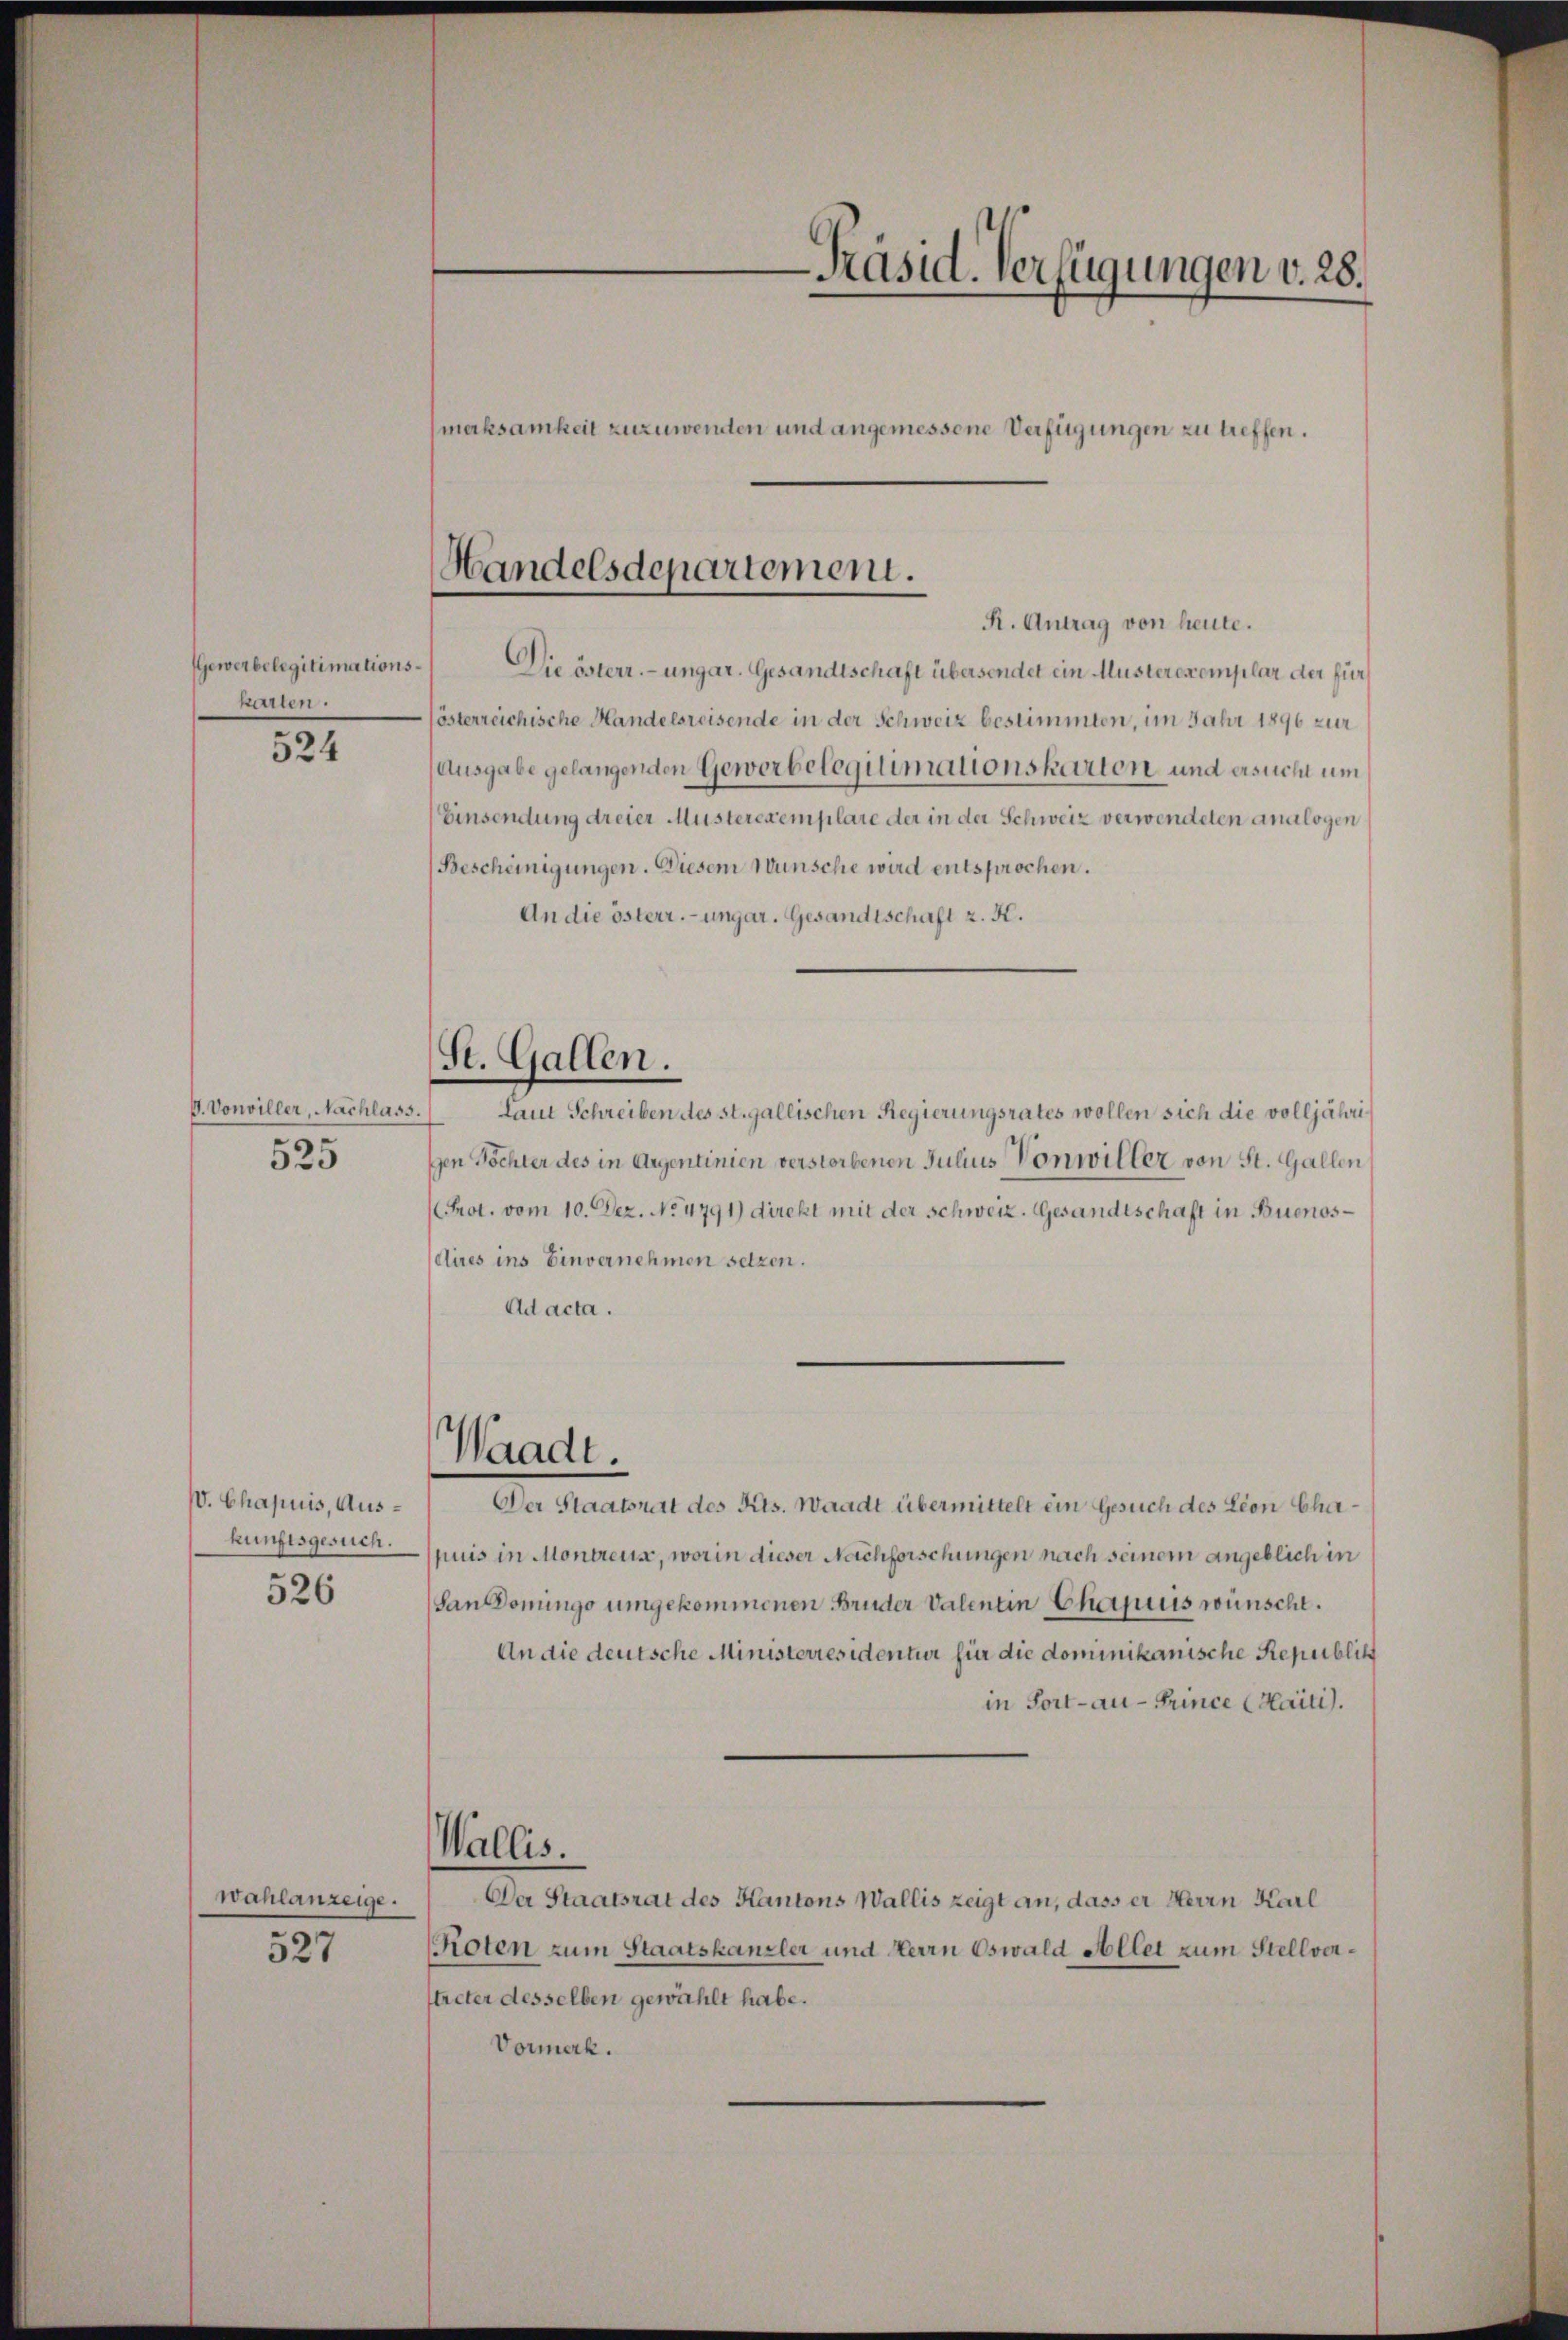
Gewerbelegitimations
karten.
524

G. Vonviller, Nachlass.
525

v. Chapuis, Auskunftsgesuch.

526

Wahlanzeige.

527

Präsid. Verfügungen v. 28.
merksamkeit zuzuwenden und angemessene Verfügungen zu treffen.

Handelsdepartement.
R. Antrag von heute.

Die österr. ungar. Gesandtschaft übersendet ein Musterexemplar der für
österreichische Handelsreisende in der Schweiz bestimmten, im Jahr 1896 zur
(Ausgabe gelangenden Gewerbelegitimationskarten und ersucht um
Einsendung dreier Musterexemplare der in der Schweiz verwendeten analogen
Bescheinigungen. Diesem Wunsche wird entsprochen.
An die österr. ungar. Gesandtschaft z. K.
St. Gallen.
Laut Schreiben des st. gallischen Regierungsrates wollen sich die volljährien Töchter des in Argentinien verstorbenen Julius Vonwiller von St. Gallen
Prot. vom 10. Dez. No 4791) direkt mit der Schweiz. Gesandtschaft in Buenos¬
Aires ins Einvernehmen setzen.
Ad acta.

Waadt.

Der Staatsrat des Kts. Waadt übermittelt ein Gesuch des Lion Chapuis in Montreuse, worin dieser Nachforschungen nach seinem angeblich in
San Domingo umgekommenen Bruder Valentin Chamuis wünscht.
An die deutsche Ministerresidentur für die dominikanische Republik
in Fort-au - Trince (Haiti.
Wallis.
Der Staatsrat des Kantons Wallis zeigt an, dass er Herrn Karl
(Roten zum Staatskanzler und Herrn Oswald Allet zum Stellvertreter desselben gewählt habe.
Vormerk.